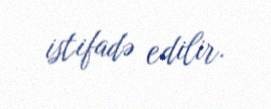
istifadə edilir.